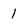
Character: 1